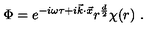
\Phi = e ^ { - i \omega \tau + i \vec { k } \cdot \vec { x } } r ^ { \frac { d } { 2 } } \chi ( r ) \ .